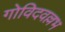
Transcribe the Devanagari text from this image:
गोविदवल्लभ